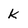
Character: k